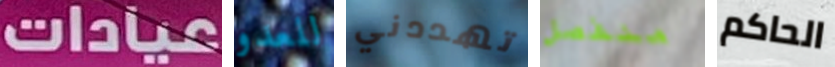
عيادات للعدو تهددني منفصل الحاكم